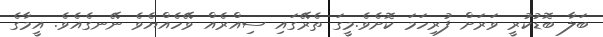
ބަލާ ބޮޑުކުރީ ވަރަށް ފުރިހަމަ ކޮށެވެ.މީގަ ތެރޭގައި ސިއްރެއް ވޭހެއްޔެވެ ނޭނގެއެވެ. އީމާގެ